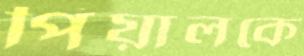
পিয়ালকে